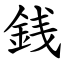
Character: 銭